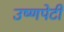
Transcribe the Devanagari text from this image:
उष्णपेटी